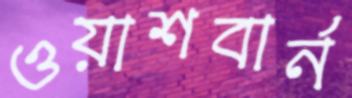
ওয়াশবার্ন